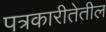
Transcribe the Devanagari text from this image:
पत्रकारीतेतील